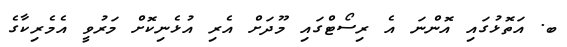
ބ. އަތޮޅުގައި އޮންނަ އެ ރިސޯޓްގައި މޫދަށް އެރި އުޅެނިކޮށް މަރުވީ އެމެރިކާގެ